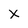
Character: X